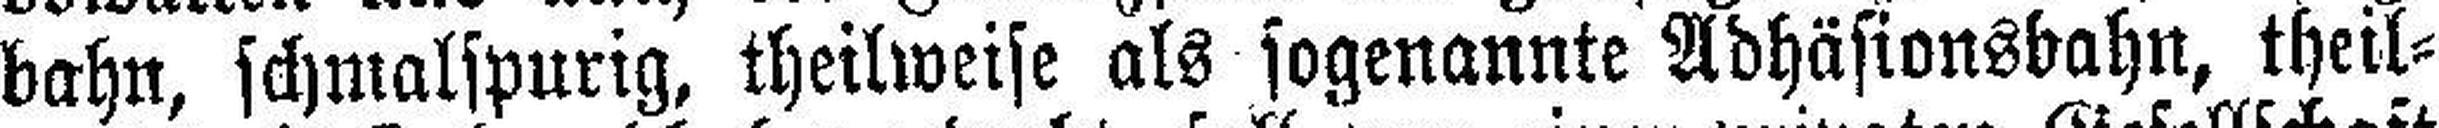
bahn, schmalspurig, theilweise als sogenannte Adhäsionsbahn, theil¬